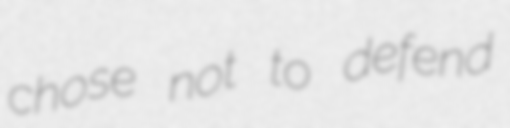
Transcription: chose not to defend